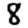
Digit: 8